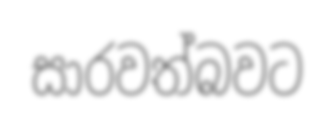
සාරවත්බවට